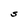
Character: S